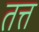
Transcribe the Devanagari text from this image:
तत्त